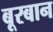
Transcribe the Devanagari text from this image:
बूरबान